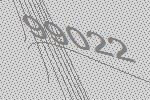
99022